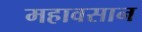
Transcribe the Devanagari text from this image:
महावसान